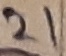
Text: 21